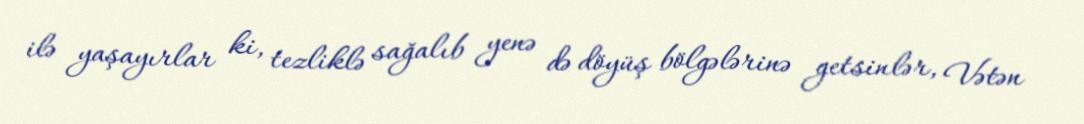
ilə yaşayırlar ki, tezliklə sağalıb yenə də döyüş bölgələrinə getsinlər, Vətən